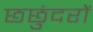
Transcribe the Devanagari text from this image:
छछुंदरों